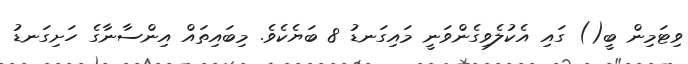
ވިޓަމިން ބީ() ގައި އެކުލެވިގެންވަނީ މައިގަނޑު 8 ބަޔެކެވެ. މިބައިތައް އިންސާނާގެ ހަށިގަނޑު